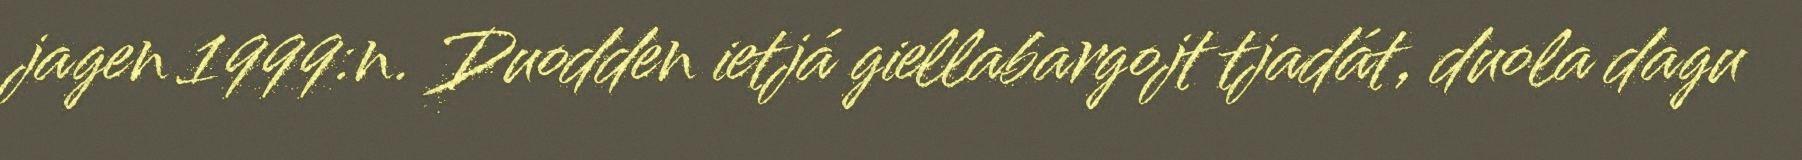
jagen 1999:n. Duodden ietjá giellabargojt tjadát, duola dagu